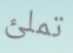
تملئ